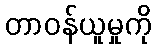
တာဝန်ယူမှုကို